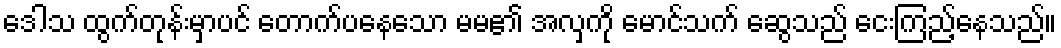
ဒေါသ ထွက်တုန်းမှာပင် တောက်ပနေသော မမ၏ အလှကို မောင်သက် ဆွေသည် ငေးကြည့်နေသည်။